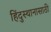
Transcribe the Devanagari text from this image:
हिंदुस्थानासाठी